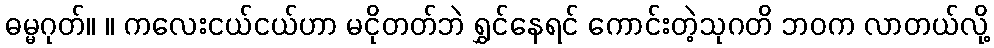
ဓမ္မဂုတ်။ ။ ကလေးငယ်ငယ်ဟာ မငိုတတ်ဘဲ ရွှင်နေရင် ကောင်းတဲ့သုဂတိ ဘဝက လာတယ်လို့